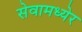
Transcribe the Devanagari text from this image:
सेवामध्येर